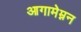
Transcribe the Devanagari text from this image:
आगामेम्नन